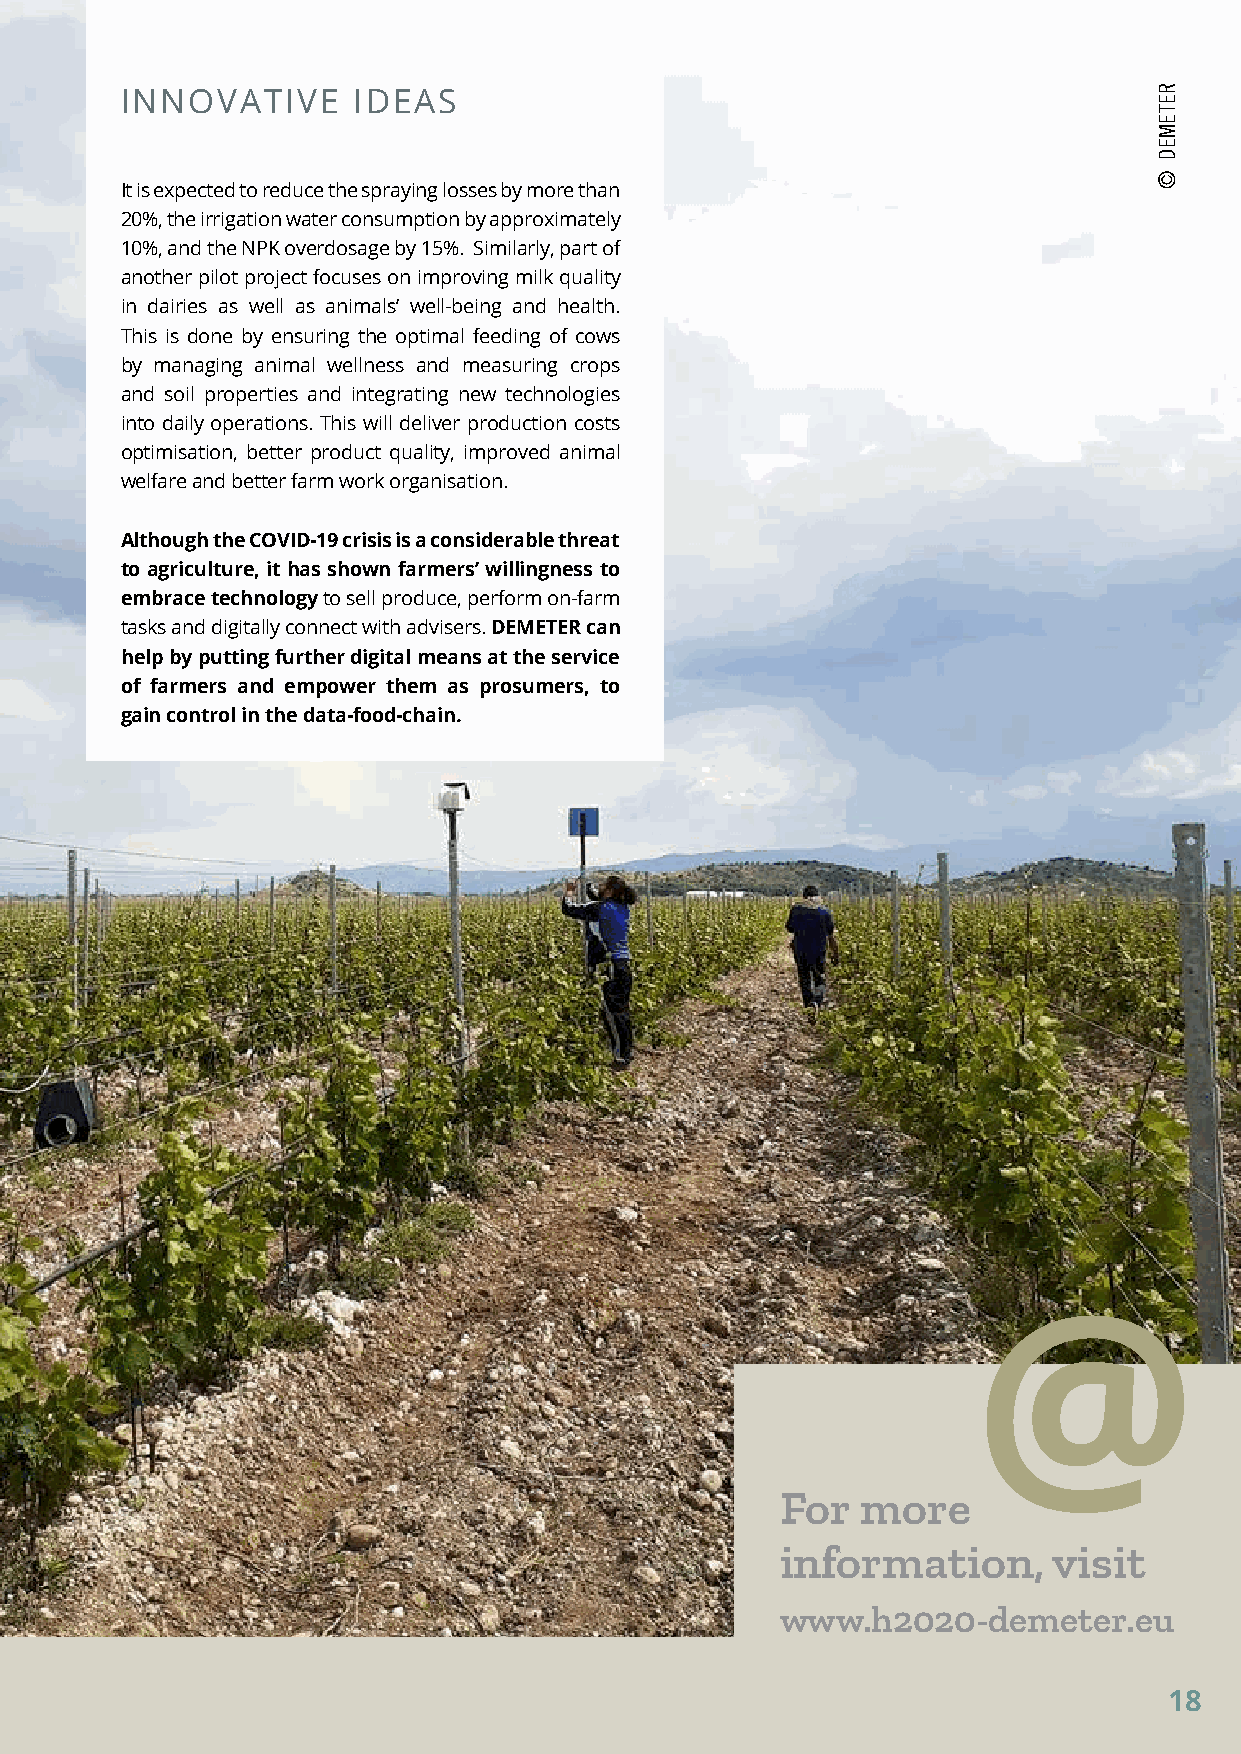
INNOVATIVE     IDEAS
 It is expected to reduce the spraying losses by more than
 20%, the irrigation water consumption by approximately
 10%, and the NPK overdosage by 15%. Similarly, part of
 another pilot project focuses on improving milk quality
 in dairies as well as animals’ well-being and health.
 This is done by ensuring the optimal feeding of cows
 by managing animal wellness and measuring crops
 and soil properties and integrating new technologies
 into daily operations. This will deliver production costs
 optimisation, better product quality, improved animal
 welfare and better farm work organisation.
 Although the COVID-19 crisis is a considerable threat
 to agriculture, it has shown farmers’ willingness to
 embrace technology to sell produce, perform on-farm
 tasks and digitally connect with advisers. DEMETER can
 help by putting further digital means at the service
 of farmers and empower them as prosumers, to
 gain control in the data-food-chain.
 @
 For  more
 information,      visit
 www.h2020-demeter.eu
 1188
 RETEMED
 ©